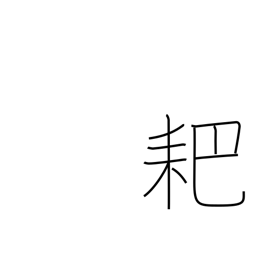
Meaning: forked hoe